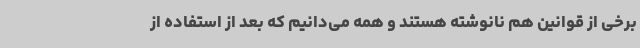
برخی از قوانین هم نانوشته هستند و همه می‌دانیم که بعد از استفاده از